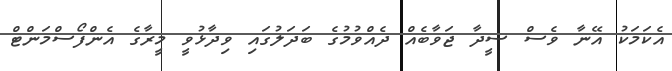
އެކަމަކު އޭނާ ވެސް ސީދާ ޖަވާބެއް ދެއްވުމުގެ ބަދަލުގައި ވިދާޅުވީ މީރާގެ އެންފޯސްމަންޓް